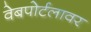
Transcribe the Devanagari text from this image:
वेबपोर्टलावर